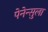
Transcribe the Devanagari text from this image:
पेनेन्सुला